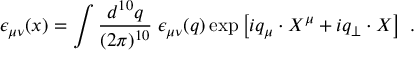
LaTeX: \epsilon _ { \mu \nu } ( x ) = \int \frac { d ^ { 1 0 } q } { ( 2 \pi ) ^ { 1 0 } } \; \epsilon _ { \mu \nu } ( q ) \exp \left[ i q _ { \mu } \cdot X ^ { \mu } + i q _ { \perp } \cdot X \right] \ .